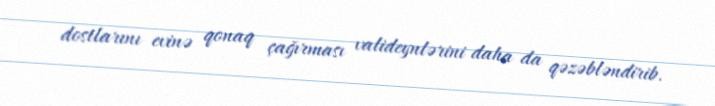
dostlarını evinə qonaq çağırması valideynlərini daha da qəzəbləndirib.